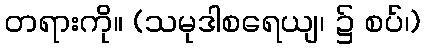
တရားကို။ (သမုဒါစရေယျ၊ ၌ စပ်၊)